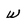
Character: W